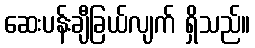
ဆေးပန်းချီခြယ်လျက် ရှိသည်။